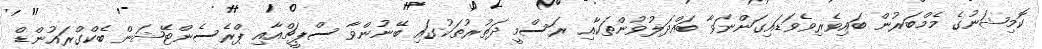
ކޮމިޝަނުގެ މެމްބަރުން ބައިވެރިވެވަޑައިގަންނަވާ ބައްދަލުވުންތަކާއި ރަސްމީ ދަތުރުތަކުގައި ބޭނުންވާ ސްޕީޗްއާއި ޕްރެސެންޓޭޝަން ބެކްގްރައުންޑް